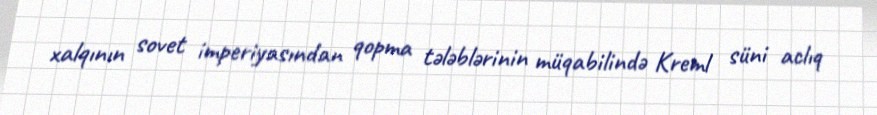
xalqının sovet imperiyasından qopma tələblərinin müqabilində Kreml süni aclıq